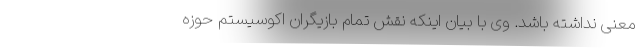
معنی نداشته باشد. وی با بیان اینکه نقش تمام بازیگران اکوسیستم حوزه